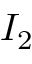
I _ { 2 }